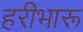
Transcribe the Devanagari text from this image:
हरीभारू